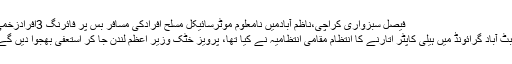
فیصل سبزواری کراچی،ناظم آبادمیں نامعلوم موٹرسائیکل مسلح افرادکی مسافر بس پر فائرنگ 3افرادزخمی
ایبٹ آباد گرائونڈ میں ہیلی کاپٹر اتارنے کا انتظام مقامی انتظامیہ نے کیا تھا، پرویز خٹک وزیر اعظم لندن جا کر استعفیٰ بھجوا دیں گے۔